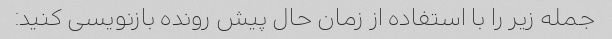
جمله زیر را با استفاده از زمان حال پیش رونده بازنویسی کنید: